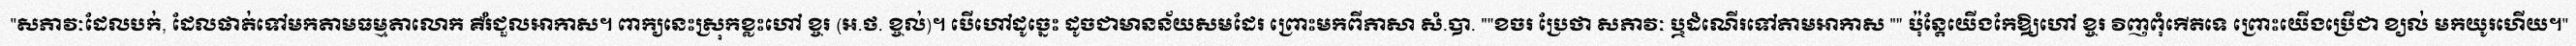
សភាវៈដែលបក់, ដែលផាត់ទៅមកតាមធម្មតាលោក គឺរំជួលអាកាស។ ពាក្យនេះស្រុកខ្លះហៅ ខ្ចរ (អ.ថ. ខ្ចល់)។ បើហៅដូច្នេះ ដូចជាមានន័យសមដែរ ព្រោះមកពីភាសា សំ.បា. "ខចរ ប្រែថា សភាវៈ ឬដំណើរទៅតាមអាកាស " ប៉ុន្តែយើងកែឱ្យហៅ ខ្ចរ វិញពុំកើតទេ ព្រោះយើងប្រើជា ខ្យល់ មកយូរហើយ។